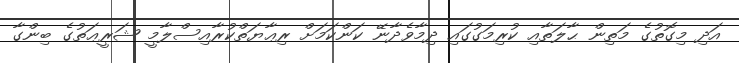
އަދި މިގޮތުގެ މަތިން ޙާލަތާއި ކުރިމަގުގައި ދިމާވެދާނޭ ކަންކަމަށް ރިޢާޔަތްކުރާއިސްލާމީ ޝަރީޢަތުގެ ބިންގާ